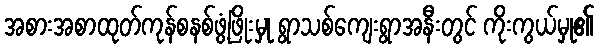
အစားအစာထုတ်ကုန်စနစ်ဖွံ့ဖြိုးမှု ရွာသစ်ကျေးရွာအနီးတွင် ကိုးကွယ်မှု၏